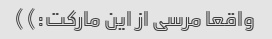
واقعا مرسی از این مارکت:))